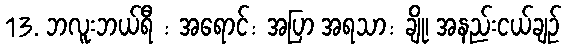
13. ဘလူးဘယ်ရီ : အရောင်: အပြာ အရသာ: ချို၊ အနည်းငယ်ချဉ်